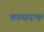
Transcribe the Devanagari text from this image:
काव्यपाक